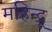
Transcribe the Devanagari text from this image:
महिन्द्रू